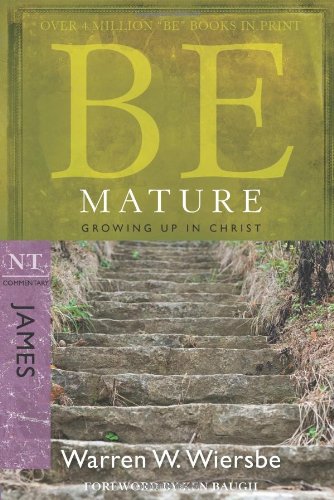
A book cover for Be Mature (James): Growing Up in Christ (The BE Series Commentary); Warren W. Wiersbe; Christian Books & Bibles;